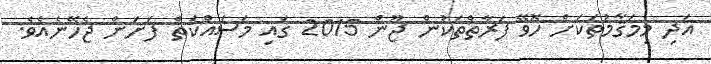
އަދި މިމަޤާމުތަކަށް ހޮވޭ ފަރާތްތަކުން ޖޫން 2015 ގައި މަސައްކަތް ފަށަން ޖެހޭނެއެވެ.